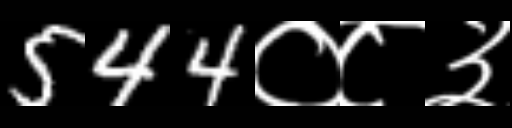
Text: 544०८३